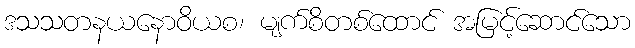
ဒသသတနယနောဝိယစ၊ မျက်စိတစ်ထောင် အမြင့်ဆောင်သော